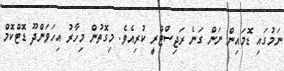
ނަމުގައި ޑޮމައިން ނަން ގަނެ ރަޖިސްޓްރީ ކުރިއެވެ. މިގޮތުން މިހާރު އިހަވަންދޫ ޑޮޓްކޮމް